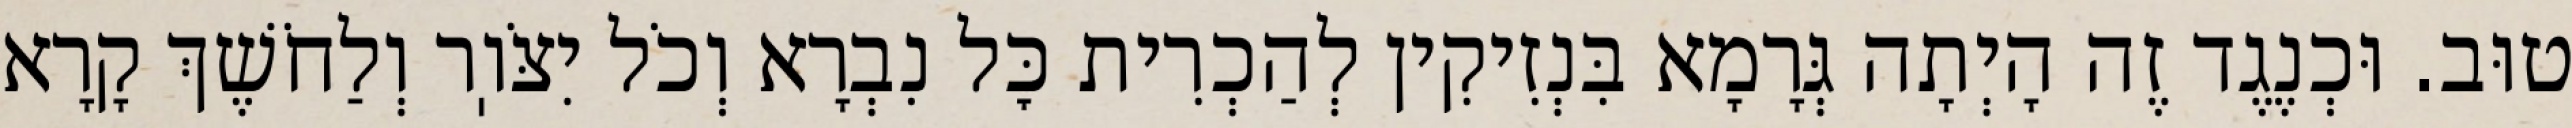
טוּב. וּכְנֶגֶד זֶה הָיְתָה גְּרָמָא בִּנְזִיקִין לְהַכְרִית כׇּל נִבְרָא וְכֹל יִצֹּוֽר וְלַחֹשֶׁךְ קָרָא